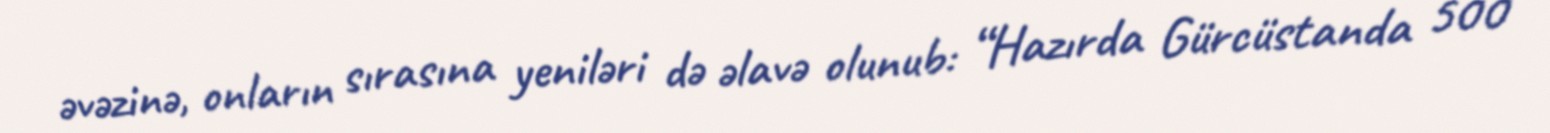
əvəzinə, onların sırasına yeniləri də əlavə olunub: “Hazırda Gürcüstanda 500